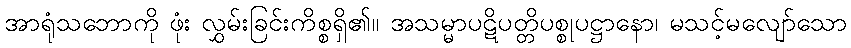
အာရုံသဘောကို ဖုံး လွှမ်းခြင်းကိစ္စရှိ၏။ အသမ္မာပဋိပတ္တိပစ္စုပဋ္ဌာနော၊ မသင့်မလျော်သော